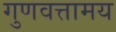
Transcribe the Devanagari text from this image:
गुणवत्तामय